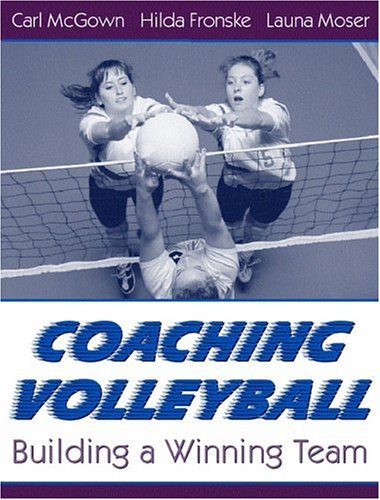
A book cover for Coaching Volleyball: Building a Winning Team; Carl McGown; Sports & Outdoors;